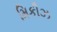
મિકીઝ